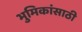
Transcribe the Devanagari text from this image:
भुमिकांसाठी